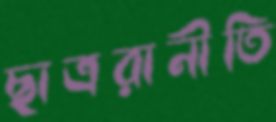
ছাত্ররানীতি